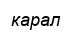
карал